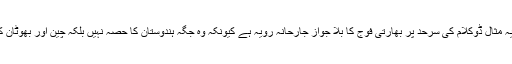
جس کی حالیہ مثال ڈوکلام کی سرحد پر بھارتی فوج کا بلا جواز جارحانہ رویہ ہے کیونکہ وہ جگہ ہندوستان کا حصہ نہیں بلکہ چین اور بھوٹان کا حصہ ہے۔